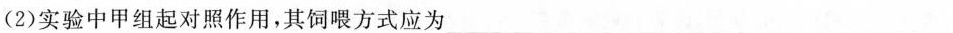
(2)实验中甲组起对照作用，其饲喂方式应为_____。